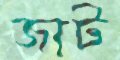
জাট